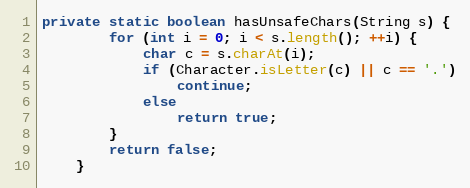
Language: Java
private static boolean hasUnsafeChars(String s) {
        for (int i = 0; i < s.length(); ++i) {
            char c = s.charAt(i);
            if (Character.isLetter(c) || c == '.')
                continue;
            else
                return true;
        }
        return false;
    }